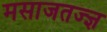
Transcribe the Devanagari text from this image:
मसाजतज्ज्ञ